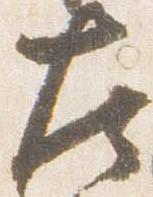
左